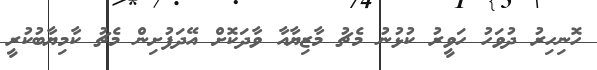
ހޮނިހިރު ދުވަހު ހަވީރު ކުޅުނު މެޗު މާޒިޔާއާ ވާދަކޮށް އޭދަފުށިން މެޗު ކާމިޔާބުކުރީ